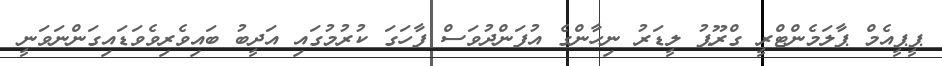
ޕީޕީއެމް ޕާލަމެންޓްރީ ގްރޫޕު ލީޑަރު ނިހާންގެ އުފަންދުވަސް ފާހަގަ ކުރުމުގައި އަދީބު ބައިވެރިވެވަޑައިގަންނަވަނީ